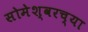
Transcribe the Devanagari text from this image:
सोमेश्वरच्या